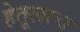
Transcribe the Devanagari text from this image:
हेतूलाच